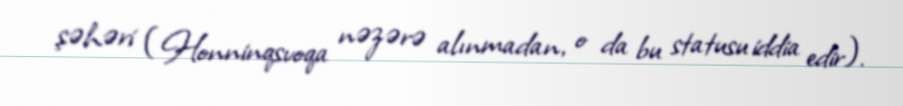
şəhəri (Honninqsvoqa nəzərə alınmadan, o da bu statusu iddia edir).